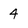
Character: 4